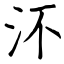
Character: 㳅